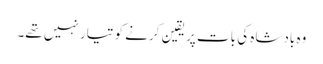
وہ بادشاہ کی بات پر یقین کرنے کو تیار نہیں تھے۔